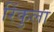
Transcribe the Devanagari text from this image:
रिंकुला